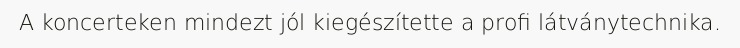
A koncerteken mindezt jól kiegészítette a profi látványtechnika.